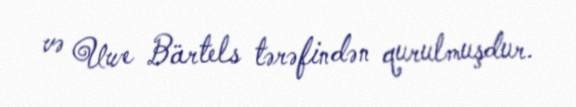
və Uwe Bärtels tərəfindən qurulmuşdur.